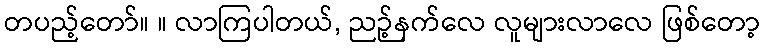
တပည့်တော်။ ။ လာကြပါတယ်, ညဉ့်နက်လေ လူများလာလေ ဖြစ်တော့